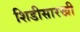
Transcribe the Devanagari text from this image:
शिडीसारखी